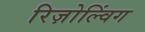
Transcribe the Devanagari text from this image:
रिज़ोल्विंग